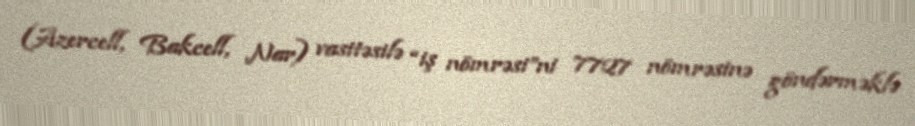
(Azercell, Bakcell, Nar) vasitəsilə “iş nömrəsi”ni 7727 nömrəsinə göndərməklə